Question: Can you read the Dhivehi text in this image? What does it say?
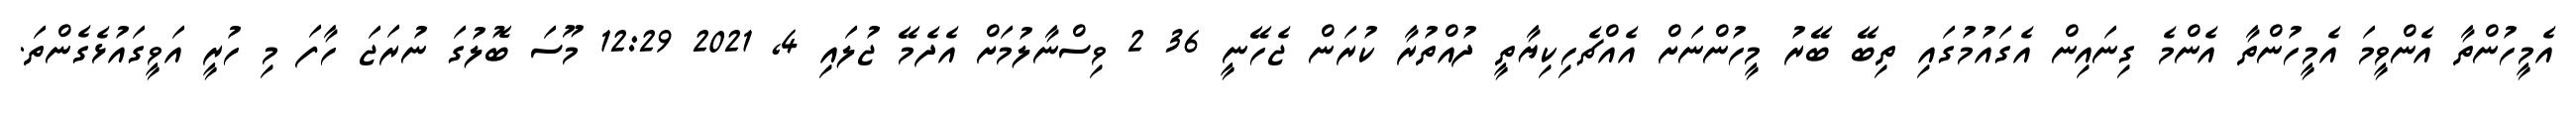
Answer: އެމީހުންތާ އެންވީމަ އެމީހުންތާ އެންމެ ގިނައިން އެގައުމުގައި ތިބޭ ބޭރު މީހުންނަށް އެއްޗެހިކިޔާތީ ދުއްތުރާ ކުރަން ޖެހޭނީ 36 2 ވިސްނާލުމަށް އެދެމޭ ޖުލައި 4, 2021 12:29 މޫސަ ބޮލުގަ ނުރަޖަ ހާފަ މި ހުރީ އަވީގައުޅެގެންތަ.